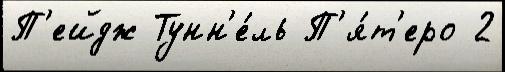
П'ейдж Тунн'е́ль П'я́т'еро 2